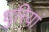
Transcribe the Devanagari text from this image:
धुरियां